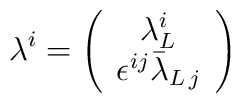
\lambda^i=\left(\begin{array}{c}\lambda^i_L\\\epsilon^{ij}\bar{\lambda}_{L\,j}\end{array}\right)